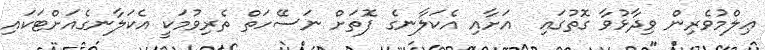
ޢިލްމުވެރިން ވިދާޅުވާ ގޮތުގައި  އަށާއި އެކަލާނގެ ފޮތަށް ނަސޭހަތް ތެރިވުމަކީ އެކަލާނގެއަށްޓަކައި